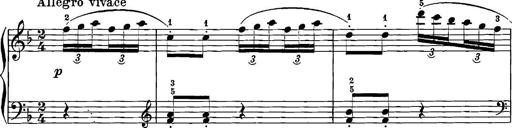
Title: 12 Sonatinas
Composer: Ignaz Pleyel